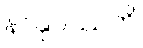
နာနုပဿတိ